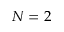
N = 2